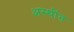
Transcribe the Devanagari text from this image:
अस्थींत